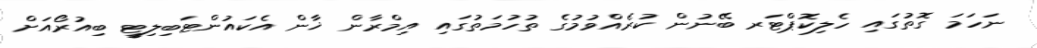
ނަހަމަ ގޮތުގައި ހެލިކޮޕްޓަރ ބޭނުން ކުރެއްވުމުގެ ތުހުމަތުގައި އިމްރާން ޚާން އެކައުންޓަބިލިޓީ ބިއުރޯއަށް